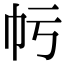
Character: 𢁢